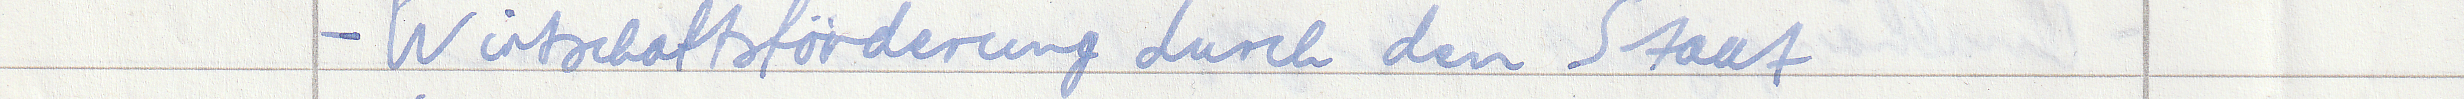
- Wirtschaftsförderung durch den Staat